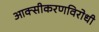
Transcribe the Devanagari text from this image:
आक्सीकरणविरोधी